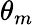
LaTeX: \theta_{m}